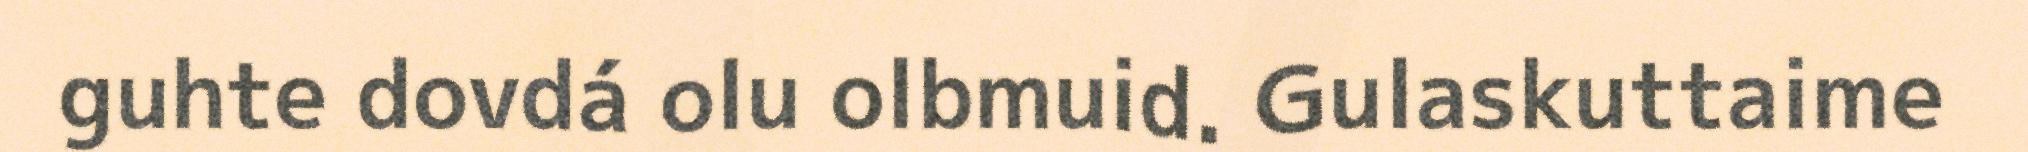
guhte dovdá olu olbmuid. Gulaskuttaime